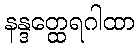
နန္ဒတ္ထေရဂါထာ